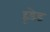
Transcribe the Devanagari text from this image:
हूडेड